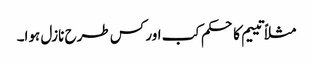
مثلاً تییم کا حکم کب اور کس طرح نازل ہوا۔